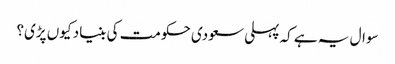
سوال یہ ہے کہ پہلی سعودی حکومت کی بنیاد کیوں پڑی؟